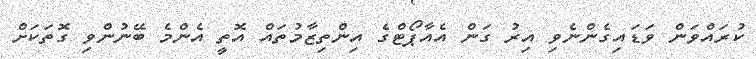
ކުރައްވަން ވަޑައިގެންނެވި އިރު ގަން އެއާޕޯޓްގެ އިންތިޒާމުތައް އޮތީ އެންމެ ބޭނުންވި ގޮތަކަށް